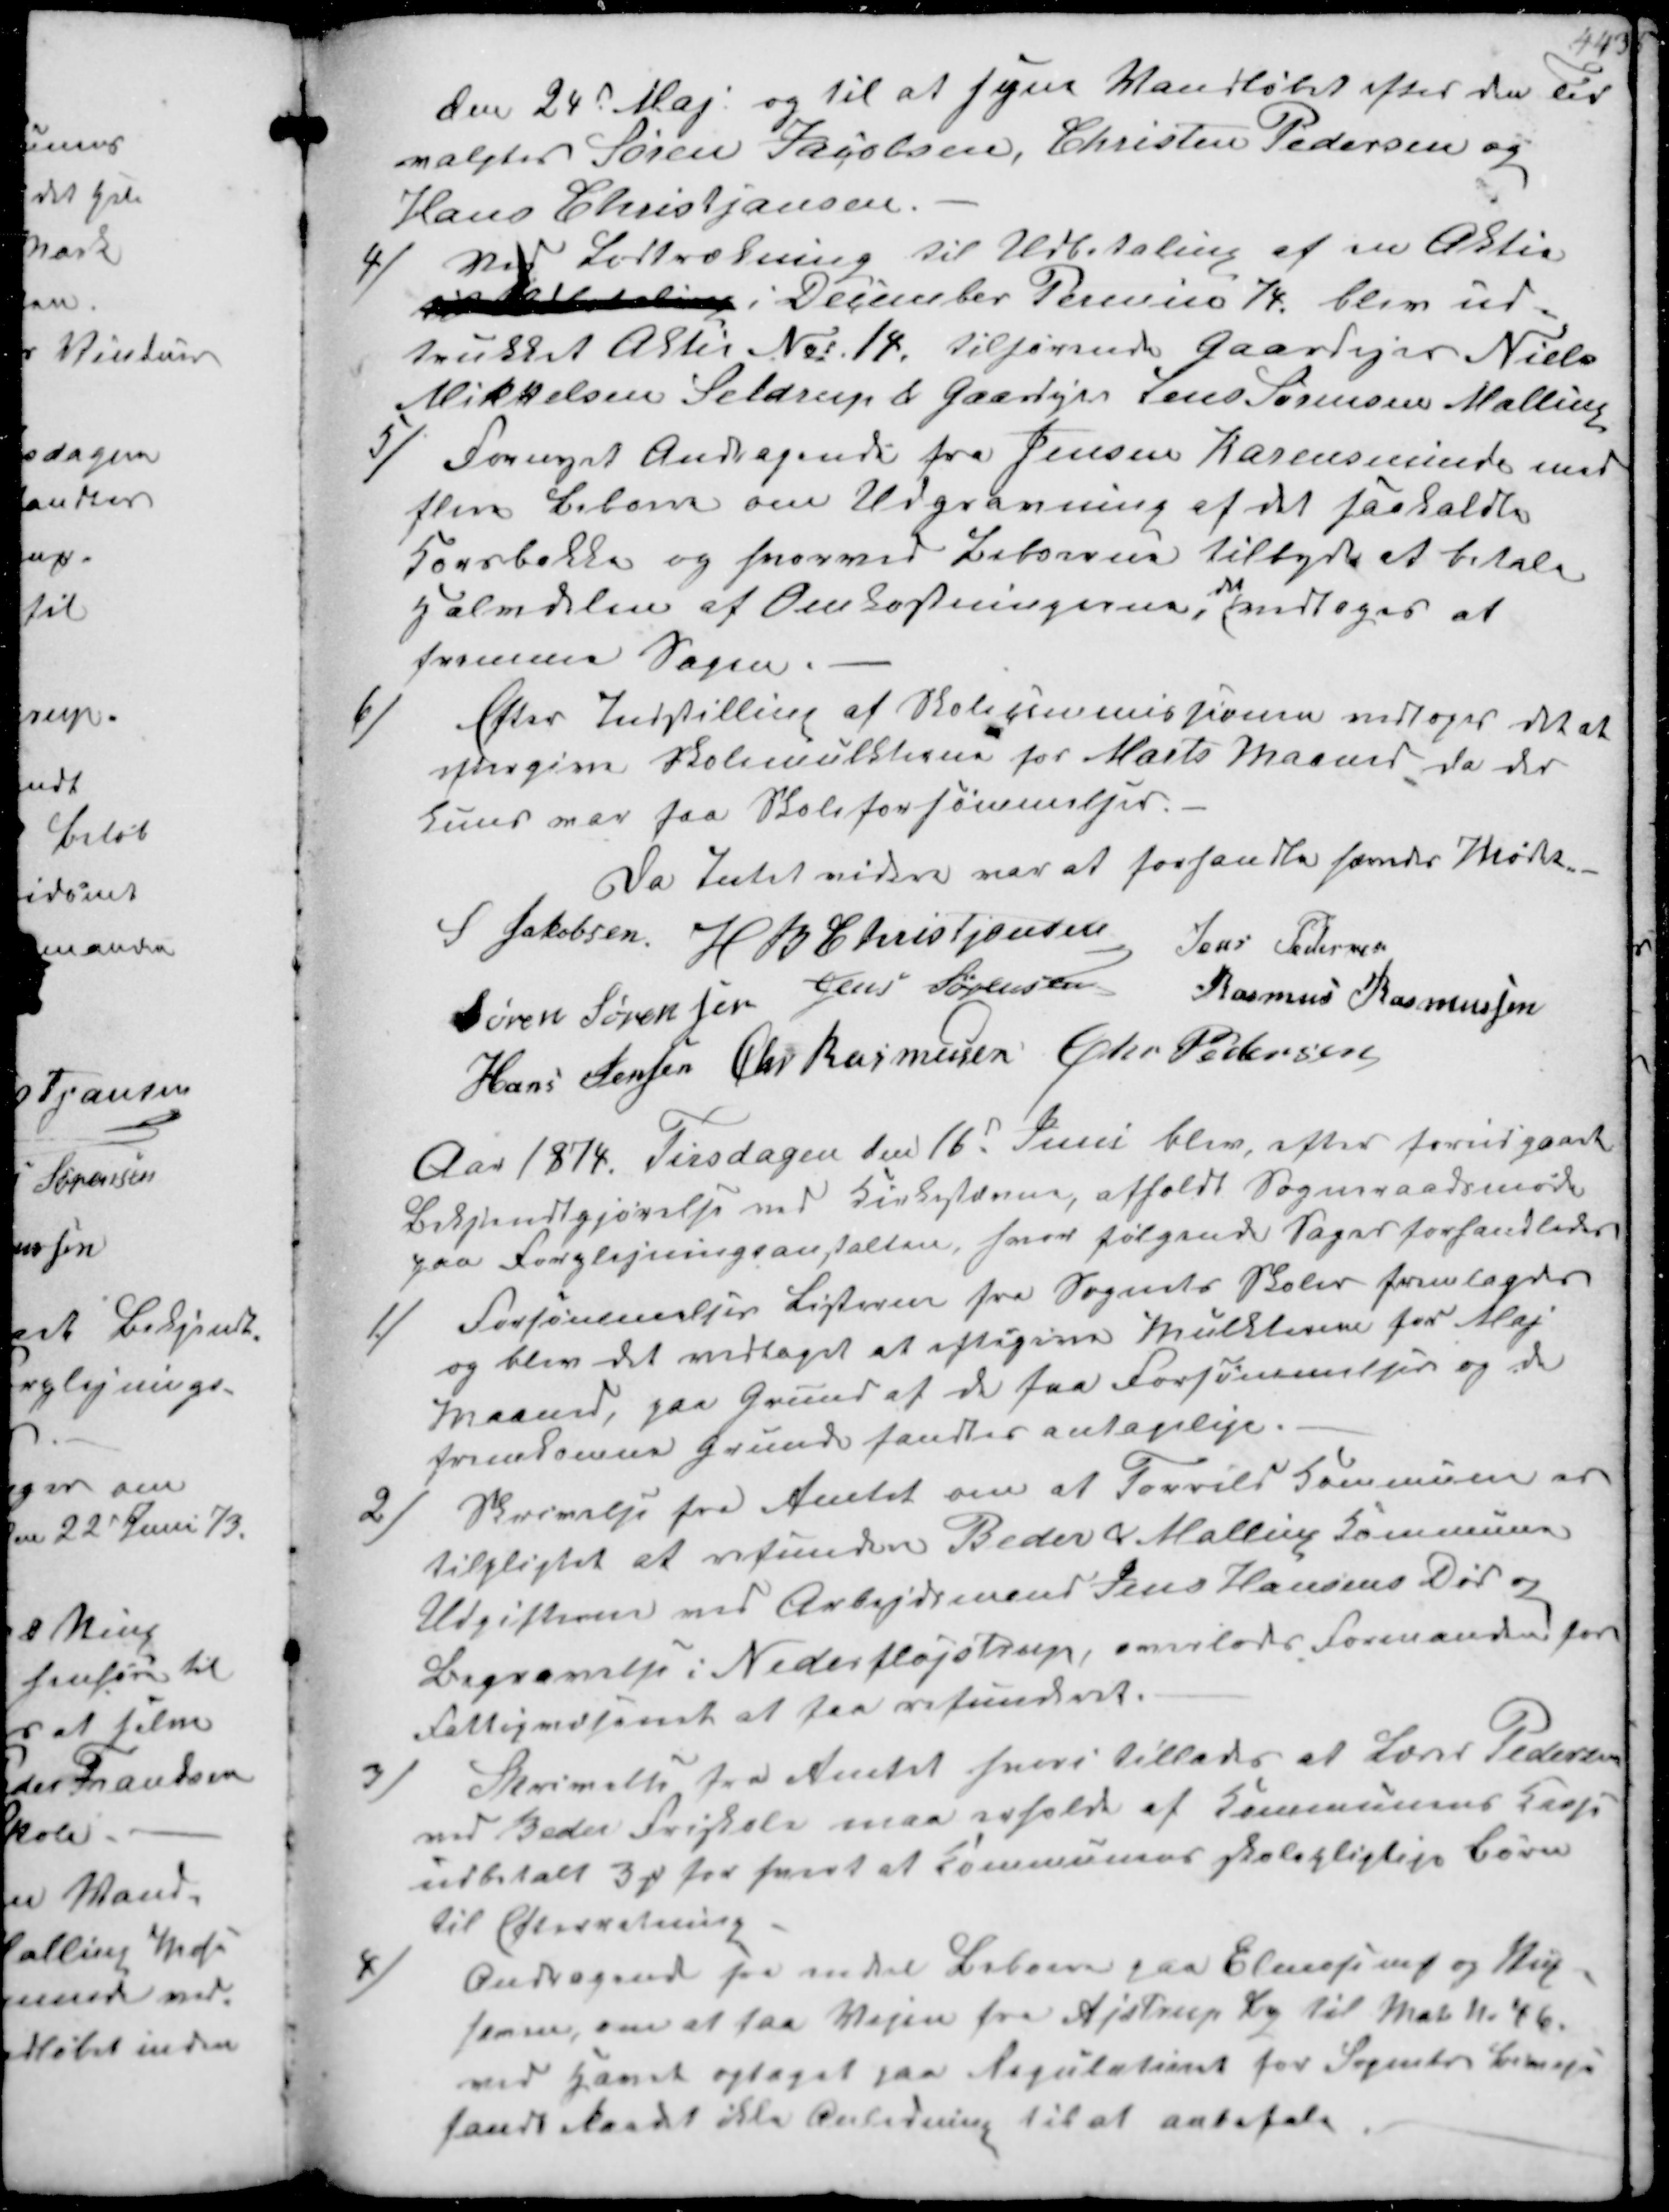
Transskription:
den 24d Maj og til at syne Vandløbet efter den Tid
valgtes Sører Jacobsen, Christen Pedersen og
Hans Christjansen.

4)
Ved Lodtrækning til Udbetaling af en Aktie
udbetaling i Decenber Termin 74 blev ud-
trukket Aktie No.11. tilhørende Gaardejer Niels
Mikkelsen Seldrup  Gaardejer Jens Sørensen Malling

5/
Fornyet Andragende fra Jensen Karensminde med
flere Beboere om Udgravning af det saakaldte
Kornbakke og hvorved Beboerne tilbyder at betale
Halvdelen af Omkostningerne, vedtoges at
fremme Sagen

6/
Efter Indstilling af Skolekommissionen vedtoges det at
eftergive Skolemulkterne for Marts Maaned da der
kuns var faa Skoleforsømmelser.
Da Intet videre var at forhandle hævedes Mødet.
S Jakobsen
HB Christjansen
Jens Pedersen
Søren Sørensen Jens Sørensen Rasmus Rasmussen
Hans Jensen Chr Rasmussen Chr Pedersen

Aar 1874. Tirsdagen den 16d Juni blev efter forudgaaet
Bekjendtgjørelse ved Kirkestævne, afholdt Sogneraadsmøde
paa Forplejningsanstalten, hvor følgende Sager forhandledes

1/
Forsømmelses Listerne fra Sognets Skoler fremlagdes
og blev det vedtaget at eftergive Mulkterne for Maj
Maaned, paa Grund af de faa Forhømmelser og de
fremkomne Grunde fandtes antagelige.

2/
Skrivelse fra Amtet om at Torrild Kommune er
tilpligtet at refundere Beder Malling Kommune
Udgifterne ved Arbejdsmand Jens Hansens Død og
Begravelse i Nederfløjstrup, overlades Formanden for
Fattigvæsenet at faa refunderet.

3/
Skrivelse fra Amtet hvori tillades at Lærer Pedersen
ved Beder Friskole maa erholde af Kommunens Kasse
udbetalt 3 s for hvert af Kommunens skolepligtige Børn
til Efterretning

4/
Andragende fra en del Beboere paa Elmosevej og 
Jensen, om at saa Vejen fra Ajstrup ₻ og til Mat. No 46.
ved Havet optaget paa Regulativet for Sognets Biveje
fandt Raadet ikke Anledning til at anbefale